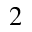
_ 2